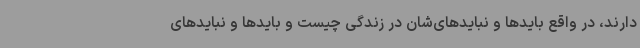
دارند، در واقع بایدها و نبایدهای‌شان در زندگی چیست و بایدها و نبایدهای